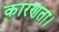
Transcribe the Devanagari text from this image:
कारणता।